Annual report on the health of the army in India
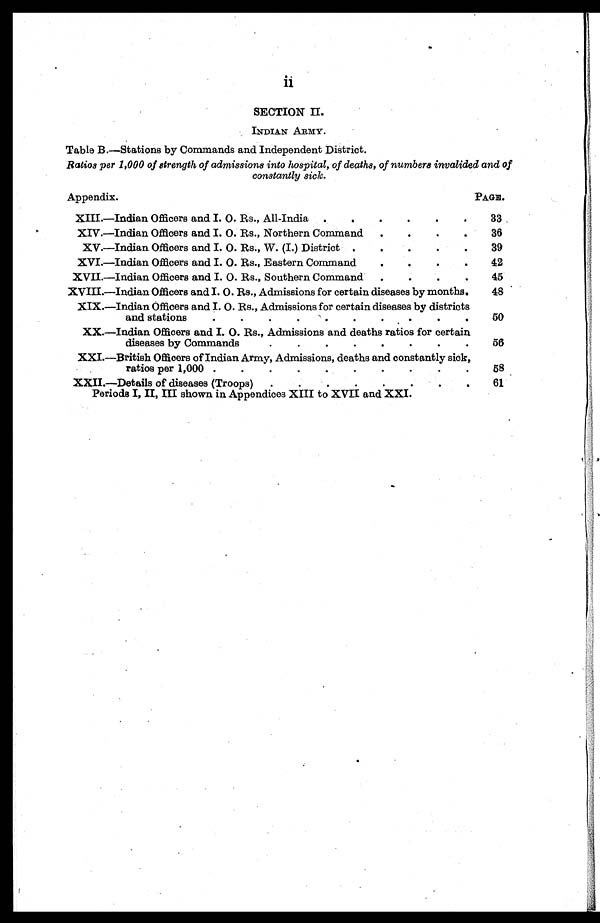
ii
S E C T I O N I I
.
INDIAN ARMY.
Table B.—Stations by Commands and Independent District.
Ratios per 1,000 of strength of admissions into hospital, of deaths, of numbers invalided and of
constantly sick .
Appendix.
PAGE.
XIII.—Indian Officers and I. O. Rs., All-India
.
.
.
.
.
.
33
XIV.—Indian Officers and I. O. Rs., Northern Command
.
.
.
.
36
XV.—Indian Officers and I. O. Rs., W. (I.) District .
.
.
.
.
39
XVI.—Indian Officers and I. O. Rs., Eastern Command
.
.
.
.
42
XVII.—Indian Officers and I. O. Rs., Southern Command
.
.
.
.
45
XVIII.—Indian Officers and I. O. Rs., Admissions for certain disease by months.
48
XIX.—Indian Officers and I. O. Rs., Admissions for certain diseases by districts
and stations
.
.
.
.
.
.
.
.
.
.
50
XX.—Indian Officers and I. O. Rs., Admissions and deaths ratios for certain
diseases by Commands
5 6
XXI.—British Officers of Indian Army, Admissions, deaths and constantly sick,
ratios per 1,000 .
.
.
.
.
.
.
.
.
.
58
XXII.—Details of diseases (Troops).
.
.
.
.
.
.
.
61
Periods I, II, III shown in Appendices XIII to XVII and XXI.